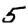
Digit: 5